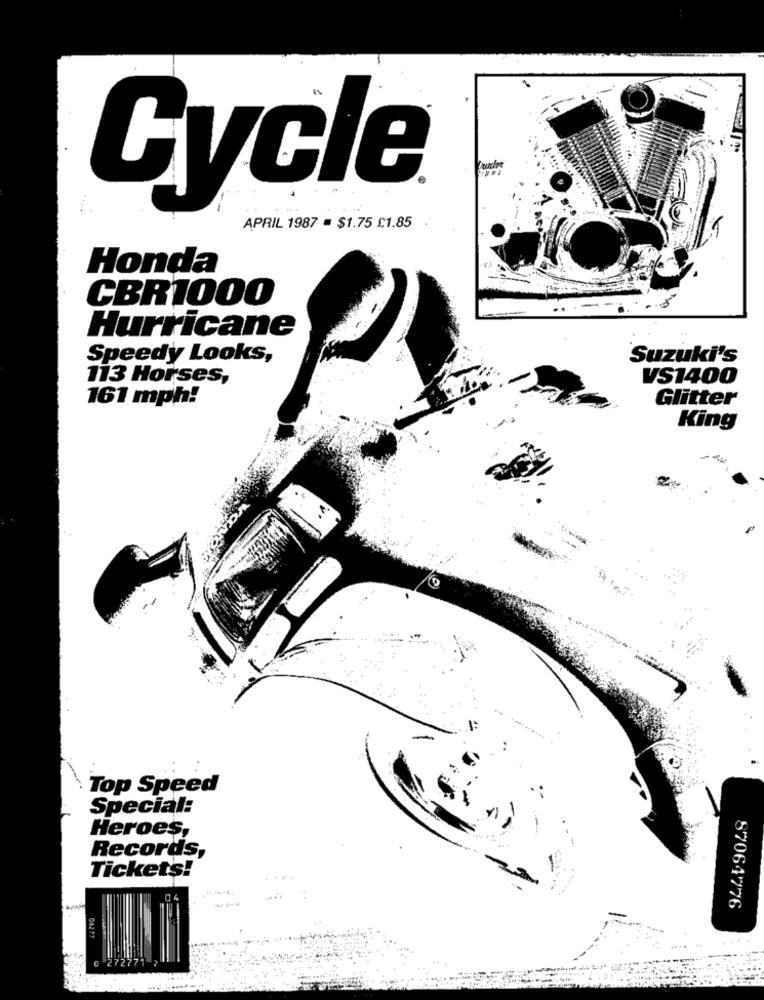
Founder
Cycle
APRIL 1987 = $1.75 £1.85
Honda
CBR1000
Hurricane
Speedy Looks,
Suzuki's
113 Horses,
VS1400
161 mph!
Glitter
King
Top Speed
Special:
Heroes,
Records,
Tickets!
87064776
06277
0 272771